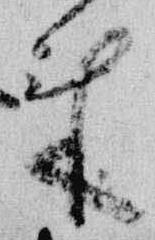
来